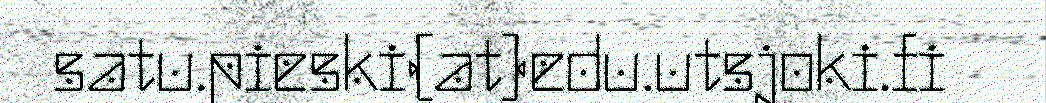
satu.pieski(at)edu.utsjoki.fi